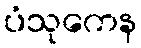
ပံသုကေန